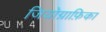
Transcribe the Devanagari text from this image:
जियोग्राफ़िका